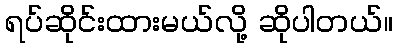
ရပ်ဆိုင်းထားမယ်လို့ ဆိုပါတယ်။